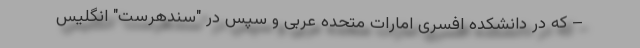
– که در دانشکده افسری امارات متحده عربی و سپس در "سندهرست" انگلیس